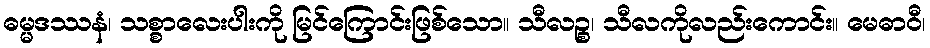
ဓမ္မဒဿနံ၊ သစ္စာလေးပါးကို မြင်ကြောင်းဖြစ်သော။ သီလဉ္စ၊ သီလကိုလည်းကောင်း။ မေဓာဝီ၊